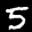
Label: 5